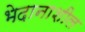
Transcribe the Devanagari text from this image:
भेदानाशील